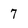
Character: 7